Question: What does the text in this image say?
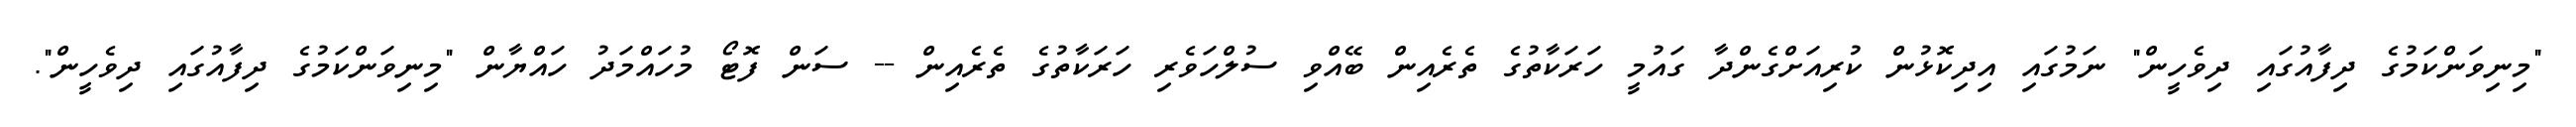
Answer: "މިނިވަންކަމުގެ ދިފާއުގައި ދިވެހީން" ނަމުގައި އިދިކޮޅުން ކުރިއަށްގެންދާ ގައުމީ ހަރަކާތުގެ ތެރެއިން ބޭއްވި ސުލްހަވެރި ހަރަކާތުގެ ތެރެއިން -- ސަން ފޮޓޯ މުހައްމަދު ހައްޔާން "މިނިވަންކަމުގެ ދިފާއުގައި ދިވެހީން".